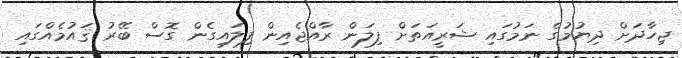
ޖިހާދަށް ދިޔުމުގެ ނަމުގައި ޝަރީއަތަށް ފިލަން ރާއްޖެއިން ފިލައިގެން ގޮސް ބޭރު ޤައުމެއްގައި